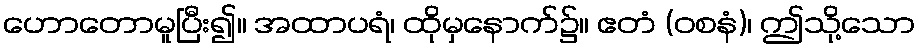
ဟောတောမူပြီး၍။ အထာပရံ၊ ထိုမှနောက်၌။ ဧတံ (ဝစနံ)၊ ဤသို့သော